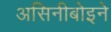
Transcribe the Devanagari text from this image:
असिनीबोइने